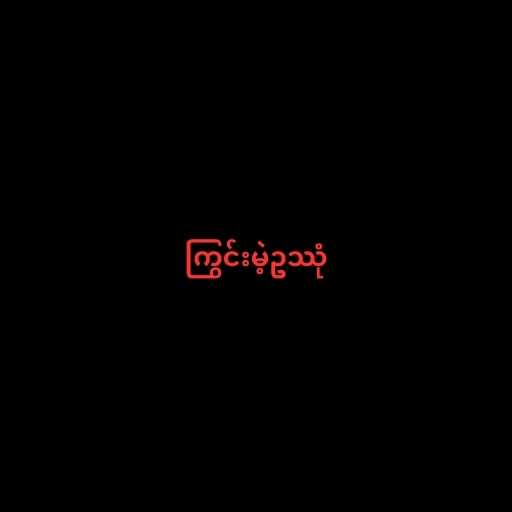
ကြွင်းမဲ့ဥဿုံ